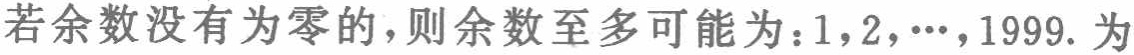
若余数没有为零的，则余数至多可能为：$1,2,\cdots,1999$. 为